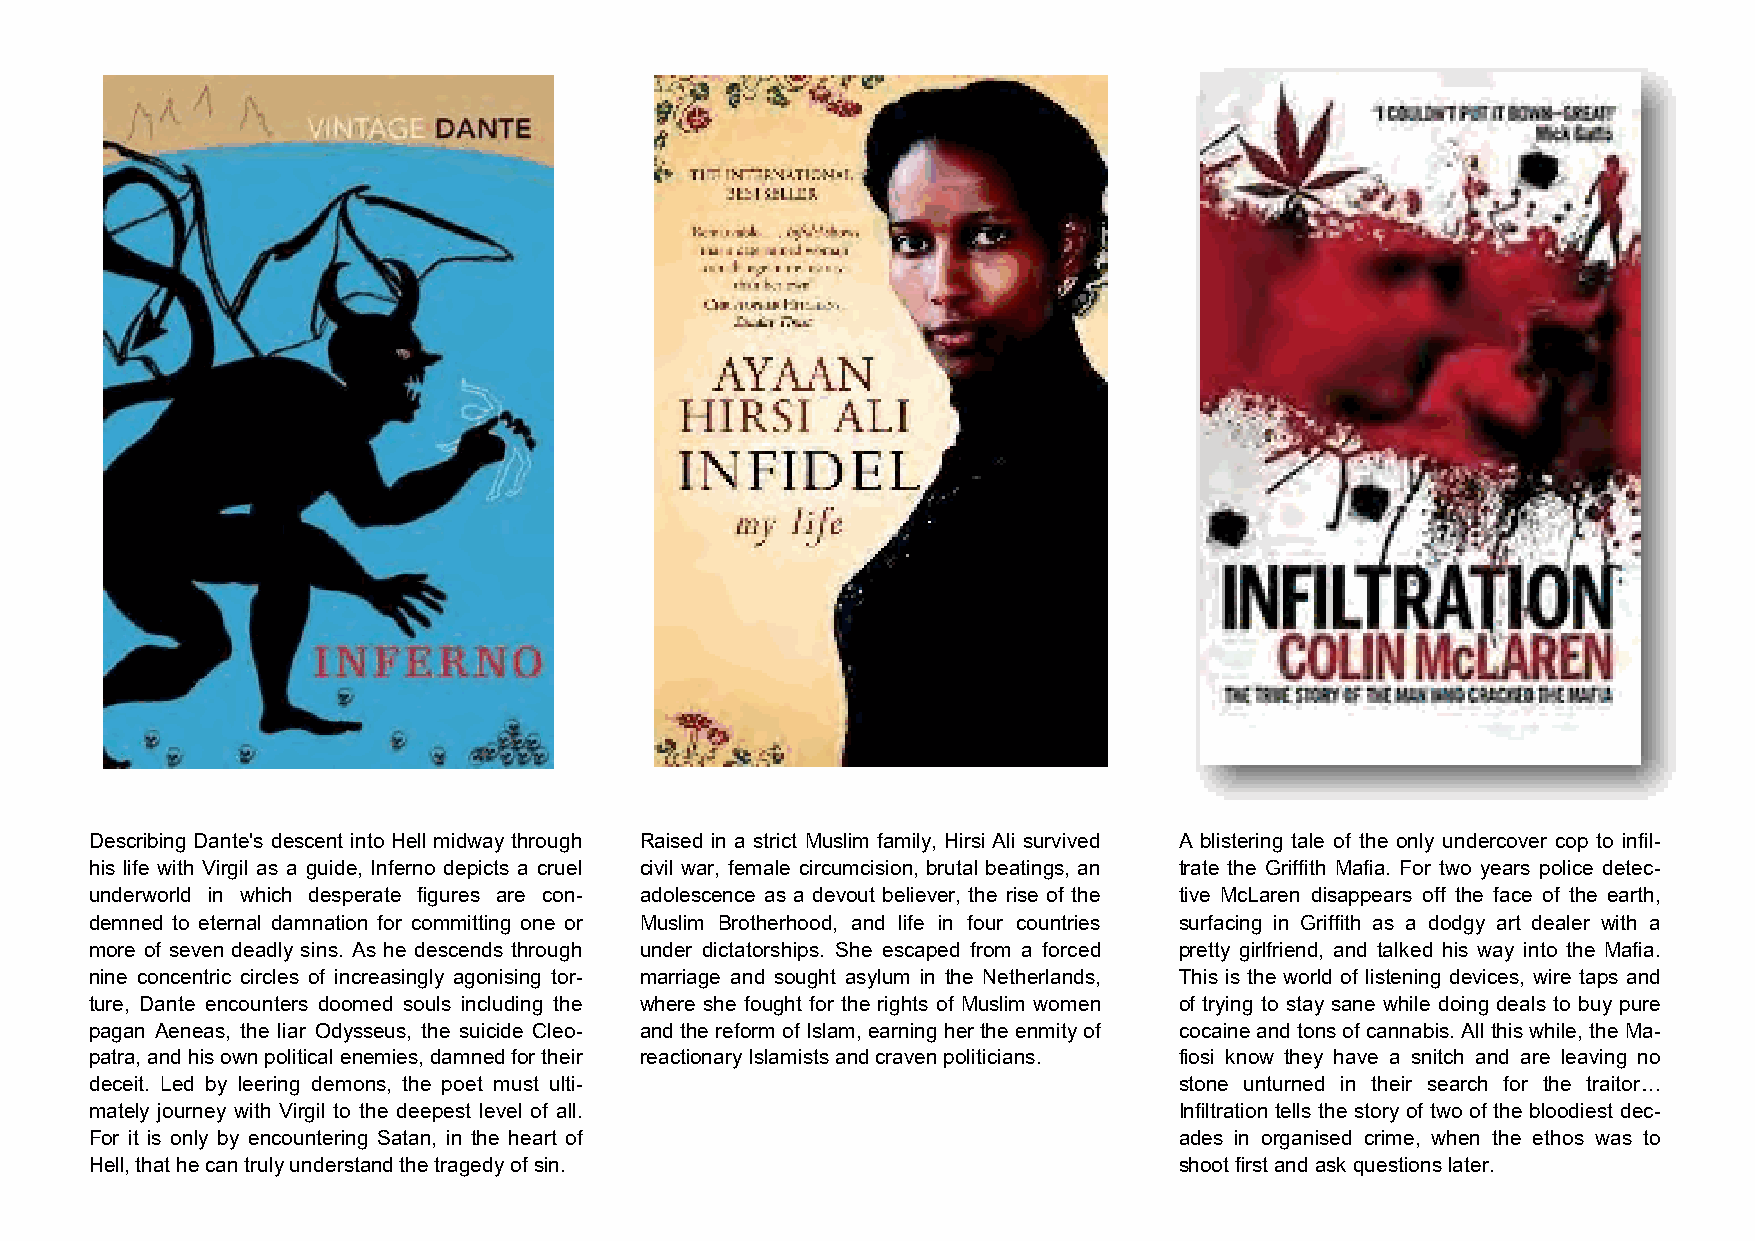
Describing Dante's descent into Hell midway through Raised in a strict Muslim family, Hirsi Ali survived A blistering tale of the only undercover cop to infil-
 his life with Virgil as a guide, Inferno depicts a cruel civil war, female circumcision, brutal beatings, an trate the Griffith Mafia. For two years police detec-
 underworld in which desperate figures are con- adolescence as a devout believer, the rise of the tive McLaren disappears off the face of the earth,
 demned to eternal damnation for committing one or Muslim Brotherhood, and life in four countries surfacing in Griffith as a dodgy art dealer with a
 more of seven deadly sins. As he descends through under dictatorships. She escaped from a forced pretty girlfriend, and talked his way into the Mafia.
 nine concentric circles of increasingly agonising tor- marriage and sought asylum in the Netherlands, This is the world of listening devices, wire taps and
 ture, Dante encounters doomed souls including the where she fought for the rights of Muslim women of trying to stay sane while doing deals to buy pure
 pagan Aeneas, the liar Odysseus, the suicide Cleo- and the reform of Islam, earning her the enmity of cocaine and tons of cannabis. All this while, the Ma-
 patra, and his own political enemies, damned for their reactionary Islamists and craven politicians. fiosi know they have a snitch and are leaving no
 deceit. Led by leering demons, the poet must ulti-                      stone unturned in their search for the traitor…
 mately journey with Virgil to the deepest level of all.                 Infiltration tells the story of two of the bloodiest dec-
 For it is only by encountering Satan, in the heart of                   ades in organised crime, when the ethos was to
 Hell, that he can truly understand the tragedy of sin.                  shoot first and ask questions later.